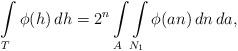
LaTeX: \begin{align*} \int\limits_T\phi(h)\,dh=2^n\int\limits_A\int\limits_{N_1}\phi(an)\,dn\,da,\end{align*}